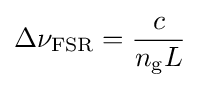
\Delta \nu _{\text{FSR}}={\frac {c}{n_{\text{g}}L}}